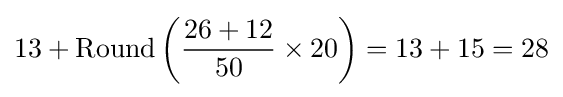
13+{\mbox{Round}}\left({\frac {26+12}{50}}\times 20\right)=13+15=28